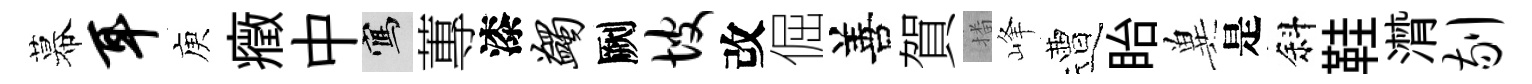
幕耳庾癥中寫蓴漆蠲劂坡改倔善賀播峰遭眙兾是斜鞋潸剔